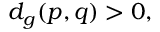
d _ { g } ( p , q ) > 0 ,